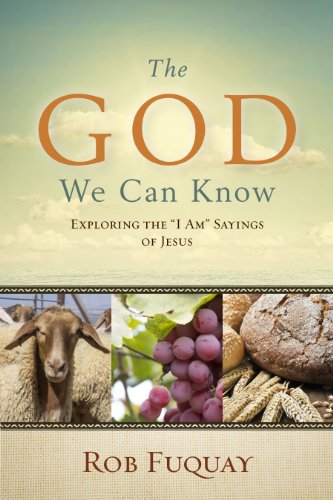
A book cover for The God We Can Know: Exploring the "I Am" Sayings of Jesus; Rob Fuquay; Christian Books & Bibles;